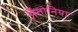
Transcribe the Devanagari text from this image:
अँतोनिया